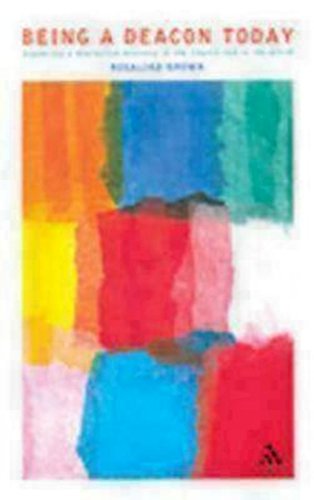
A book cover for Being a Deacon Today: Exploring a Distinctive Ministry in the Church and in the World; Rosalind Brown; Christian Books & Bibles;